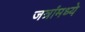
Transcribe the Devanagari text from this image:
जत्रांमध्ये